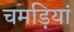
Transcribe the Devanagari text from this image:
चमड़ियां